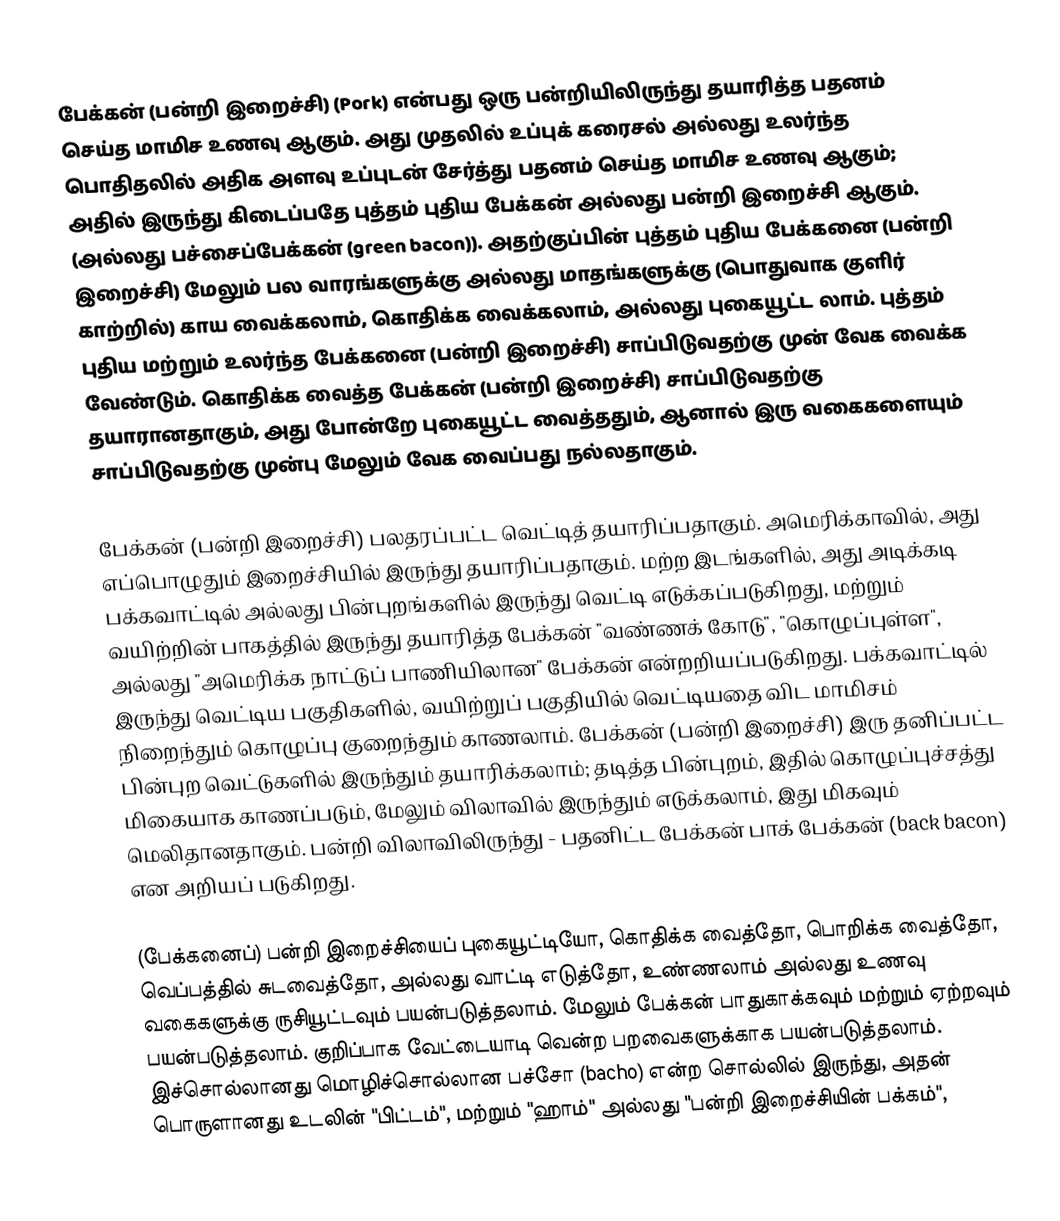
பேக்கன் (பன்றி இறைச்சி) (Pork) என்பது ஒரு பன்றியிலிருந்து தயாரித்த பதனம் செய்த மாமிச உணவு ஆகும். அது முதலில் உப்புக் கரைசல் அல்லது உலர்ந்த பொதிதலில் அதிக அளவு உப்புடன் சேர்த்து பதனம் செய்த மாமிச உணவு ஆகும்; அதில் இருந்து கிடைப்பதே புத்தம் புதிய பேக்கன் அல்லது பன்றி இறைச்சி ஆகும். (அல்லது பச்சைப்பேக்கன் (green bacon)). அதற்குப்பின் புத்தம் புதிய பேக்கனை (பன்றி இறைச்சி) மேலும் பல வாரங்களுக்கு அல்லது மாதங்களுக்கு (பொதுவாக குளிர் காற்றில்) காய வைக்கலாம், கொதிக்க வைக்கலாம், அல்லது புகையூட்ட லாம். புத்தம் புதிய மற்றும் உலர்ந்த பேக்கனை (பன்றி இறைச்சி) சாப்பிடுவதற்கு முன் வேக வைக்க வேண்டும். கொதிக்க வைத்த பேக்கன் (பன்றி இறைச்சி) சாப்பிடுவதற்கு தயாரானதாகும், அது போன்றே புகையூட்ட வைத்ததும், ஆனால் இரு வகைகளையும் சாப்பிடுவதற்கு முன்பு மேலும் வேக வைப்பது நல்லதாகும்.

பேக்கன் (பன்றி இறைச்சி) பலதரப்பட்ட வெட்டித் தயாரிப்பதாகும். அமெரிக்காவில், அது எப்பொழுதும் இறைச்சியில் இருந்து தயாரிப்பதாகும். மற்ற இடங்களில், அது அடிக்கடி பக்கவாட்டில் அல்லது பின்புறங்களில் இருந்து வெட்டி எடுக்கப்படுகிறது, மற்றும் வயிற்றின் பாகத்தில் இருந்து தயாரித்த பேக்கன் "வண்ணக் கோடு", "கொழுப்புள்ள", அல்லது "அமெரிக்க நாட்டுப் பாணியிலான" பேக்கன் என்றறியப்படுகிறது. பக்கவாட்டில் இருந்து வெட்டிய பகுதிகளில், வயிற்றுப் பகுதியில் வெட்டியதை விட மாமிசம் நிறைந்தும் கொழுப்பு குறைந்தும் காணலாம். பேக்கன் (பன்றி இறைச்சி) இரு தனிப்பட்ட பின்புற வெட்டுகளில் இருந்தும் தயாரிக்கலாம்; தடித்த பின்புறம், இதில் கொழுப்புச்சத்து மிகையாக காணப்படும், மேலும் விலாவில் இருந்தும் எடுக்கலாம், இது மிகவும் மெலிதானதாகும். பன்றி விலாவிலிருந்து - பதனிட்ட பேக்கன் பாக் பேக்கன் (back bacon) என அறியப் படுகிறது.

(பேக்கனைப்) பன்றி இறைச்சியைப் புகையூட்டியோ, கொதிக்க வைத்தோ, பொறிக்க வைத்தோ, வெப்பத்தில் சுடவைத்தோ, அல்லது வாட்டி எடுத்தோ, உண்ணலாம் அல்லது உணவு வகைகளுக்கு ருசியூட்டவும் பயன்படுத்தலாம். மேலும் பேக்கன் பாதுகாக்கவும் மற்றும் ஏற்றவும் பயன்படுத்தலாம். குறிப்பாக வேட்டையாடி வென்ற பறவைகளுக்காக பயன்படுத்தலாம். இச்சொல்லானது மொழிச்சொல்லான பச்சோ (bacho) என்ற சொல்லில் இருந்து, அதன் பொருளானது உடலின் "பிட்டம்", மற்றும் "ஹாம்" அல்லது "பன்றி இறைச்சியின் பக்கம்",